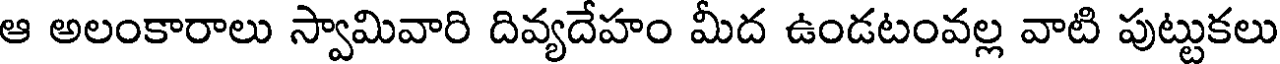
ఆ అలంకారాలు స్వామివారి దివ్యదేహం మీద ఉండటంవల్ల వాటి పుట్టుకలు